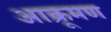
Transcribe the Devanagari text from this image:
आक्रूमण